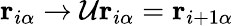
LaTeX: {\mathbf r}_{i\alpha}\rightarrow\mathcal{U}{\mathbf r}_{i\alpha}={\mathbf r}_{i+1\alpha}